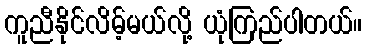
ကူညီနိုင်လိမ့်မယ်လို့ ယုံကြည်ပါတယ်။